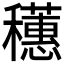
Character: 𬔄